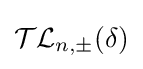
{\mathcal {TL}}_{n,\pm }(\delta )